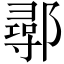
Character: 鄩